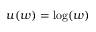
u ( w ) = \log ( w )